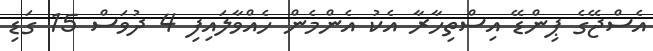
އެސްޖޭގެ ޕިންޑޭ އިސްތިހާރާ އެކު އެންމެން ހެއްވާލައިފި 4 ދުވަސް 15 ގަޑި